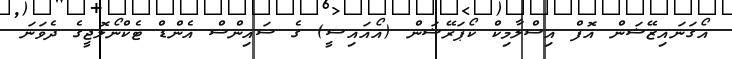
އޯގަނައިޒޭޝަން އޮފް އިސްލާމިކް ކޯޕަރޭޝަން (އޯއައިސީ) ގެ ސައިންސް އެންޑް ޓެކްނޯލޮޖީގެ ދެވަނަ